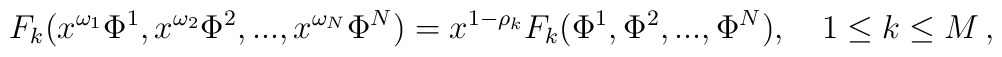
F_{k}(x^{\omega_{1}}\Phi^{1},x^{\omega_{2}}\Phi^{2},...,x^{\omega_{N}}\Phi^{N})=x^{1-\rho_{k}}F_{k}(\Phi^{1},\Phi^{2},...,\Phi^{N}),\quad 1\le k \le M\,,